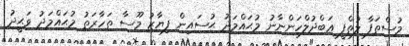
މުސްތަފާ ލުތްފީ ޢަބްދުލްހަންނާނު މުޙައްމަދު ޙުސައިން ފިޔާޒު މޫސާ ތަހާރަތު މުޙައްމަދު ވަޙީދު